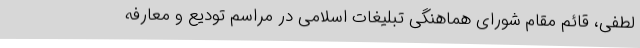
لطفی، قائم مقام شورای هماهنگی تبلیغات اسلامی در مراسم تودیع و معارفه